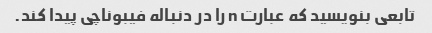
تابعی بنویسید که عبارت n را در دنباله فیبوناچی پیدا کند.